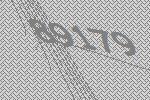
89179